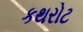
કથરોટ